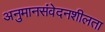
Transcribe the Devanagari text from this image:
अनुमानसंवेदनशीलता